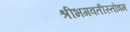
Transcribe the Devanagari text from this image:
श्रीभगवतीस्तोत्रम